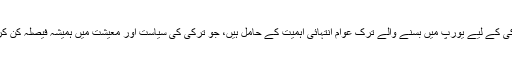
دوسری طرف ترکی کے لیے یورپ میں بسنے والے ترک عوام انتہائی اہمیت کے حامل ہیں، جو ترکی کی سیاست اور معیشت میں ہمیشہ فیصلہ کن کردار ادا کرتے ہیں۔